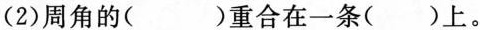
(2)周角的( )重合在一条()上。